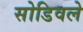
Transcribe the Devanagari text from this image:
सोडिवले